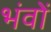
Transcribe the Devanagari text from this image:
भंवों